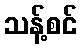
သန့်စင်